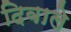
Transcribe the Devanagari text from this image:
दिवाले